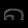
Digit: ၈